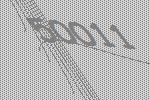
50011